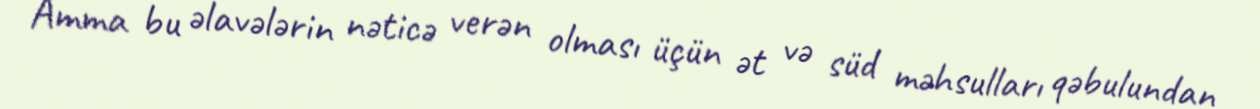
Amma bu əlavələrin nəticə verən olması üçün ət və süd məhsulları qəbulundan